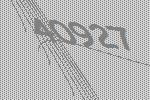
40927